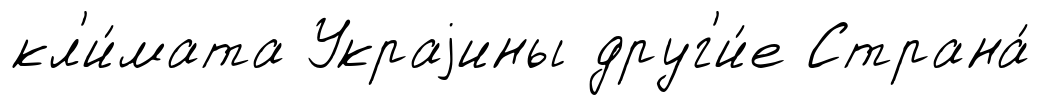
кл'и́мата Украjины друг'и́е Страна́